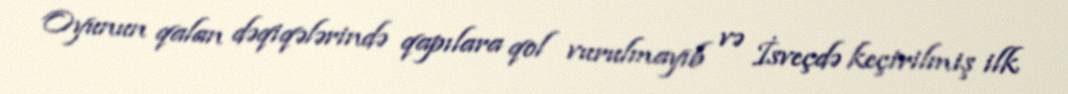
Oyunun qalan dəqiqələrində qapılara qol vurulmayıb və İsveçdə keçirilmiş ilk